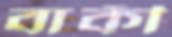
বাকী